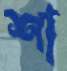
শা